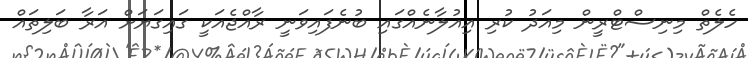
ހެލެތް މިނިސްޓްރީން މިއަދު ކުރި އިއުލާނެއްގައި ބުނެފައިވަނީ ރާއްޖެއަކީ ގައިގަޔަށް އަރާ ބަލިތައް